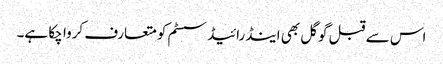
اس سے قبل گوگل بھی اینڈرائیڈ سسٹم کو متعارف کروا چکا ہے۔